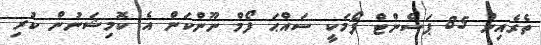
ތެރެއިން 85 ޕަސެންޓް ފޯމަކީ ސައްޙަ ފޯމް ނޫންކަން އެ ކޮމިޝަނުން ކުރި